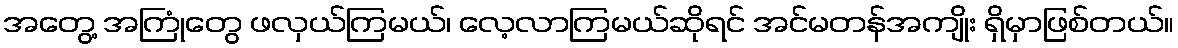
အတွေ့ အကြုံတွေ ဖလှယ်ကြမယ်၊ လေ့လာကြမယ်ဆိုရင် အင်မတန်အကျိုး ရှိမှာဖြစ်တယ်။